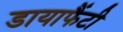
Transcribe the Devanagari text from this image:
डायाफैंटी